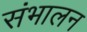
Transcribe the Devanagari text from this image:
संभालन